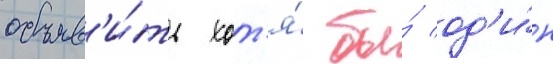
объяв'и́ть хот'я́ бы́ од'и́н